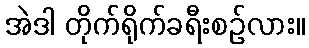
အဲဒါ တိုက်ရိုက်ခရီးစဉ်လား။